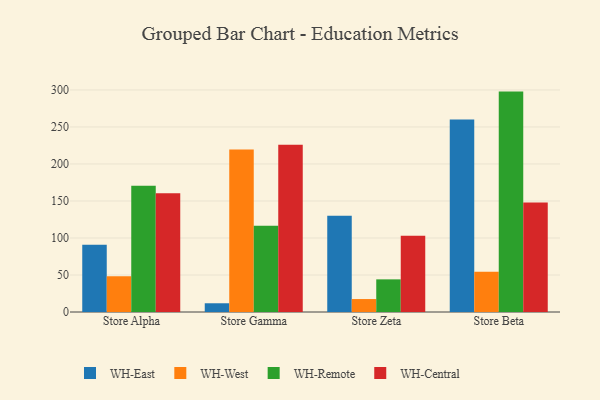
{"axis": {"x": "Store", "y": "Market Share (%)"}, "legend": ["WH-Central", "WH-East", "WH-Remote", "WH-West"], "data": [{"x": "Store Alpha", "y": 90.8, "type": "WH-East"}, {"x": "Store Alpha", "y": 48.3, "type": "WH-West"}, {"x": "Store Alpha", "y": 170.7, "type": "WH-Remote"}, {"x": "Store Alpha", "y": 160.3, "type": "WH-Central"}, {"x": "Store Gamma", "y": 11.8, "type": "WH-East"}, {"x": "Store Gamma", "y": 219.5, "type": "WH-West"}, {"x": "Store Gamma", "y": 116.6, "type": "WH-Remote"}, {"x": "Store Gamma", "y": 226.0, "type": "WH-Central"}, {"x": "Store Zeta", "y": 130.1, "type": "WH-East"}, {"x": "Store Zeta", "y": 17.5, "type": "WH-West"}, {"x": "Store Zeta", "y": 44.1, "type": "WH-Remote"}, {"x": "Store Zeta", "y": 102.9, "type": "WH-Central"}, {"x": "Store Beta", "y": 260.0, "type": "WH-East"}, {"x": "Store Beta", "y": 54.5, "type": "WH-West"}, {"x": "Store Beta", "y": 297.8, "type": "WH-Remote"}, {"x": "Store Beta", "y": 148.0, "type": "WH-Central"}]}